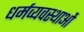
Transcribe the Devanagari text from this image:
धर्मव्यवस्थाओं